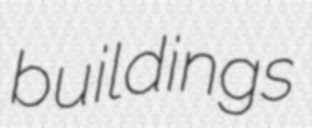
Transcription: buildings